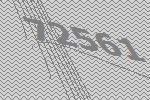
72561